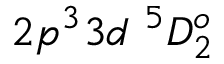
{ 2 p ^ { 3 } 3 d ~ ^ { 5 } D _ { 2 } ^ { o } }